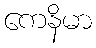
ကေနိမာ